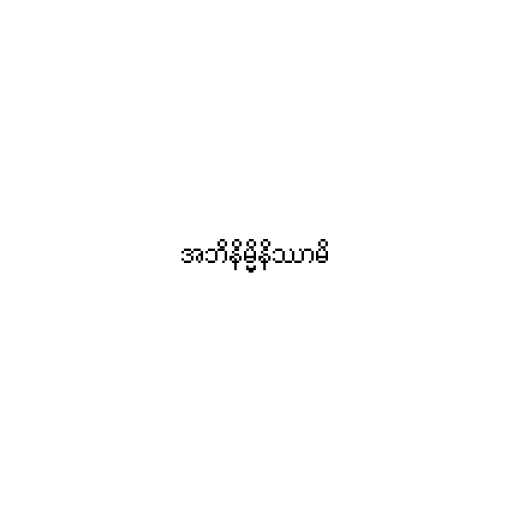
အဘိနိမ္မိနိဿာမိ